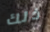
ذلك